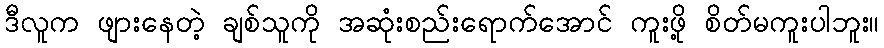
ဒီလူက ဖျားနေတဲ့ ချစ်သူကို အဆုံးစည်းရောက်အောင် ကူးဖို့ စိတ်မကူးပါဘူး။